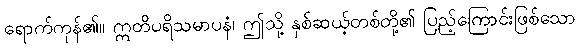
ရောက်ကုန်၏။ ဣတိပရိသမာပနံ၊ ဤသို့ နှစ်ဆယ့်တစ်တို့၏ ပြည့်ကြောင်းဖြစ်သော